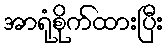
အာရုံစိုက်ထားပြီး